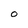
Character: O